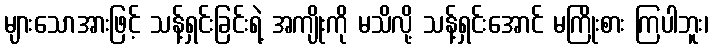
များသောအားဖြင့် သန့်ရှင်းခြင်းရဲ့ အကျိုးကို မသိလို့ သန့်ရှင်းအောင် မကြိုးစား ကြပါဘူး၊